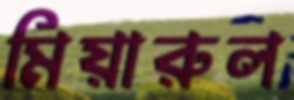
মিয়ারুল